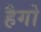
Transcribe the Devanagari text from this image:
हैगो